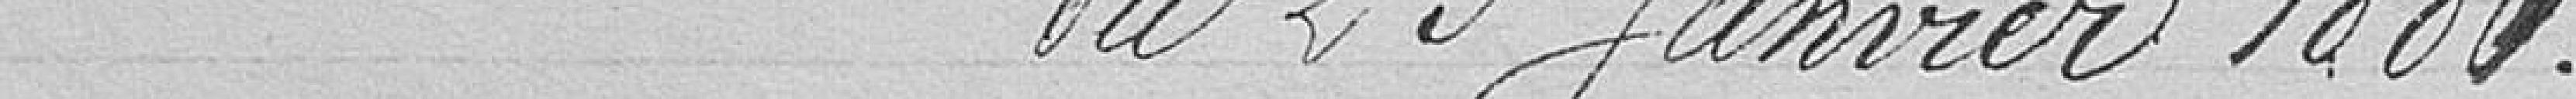
du 23 Janvier 1881